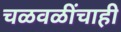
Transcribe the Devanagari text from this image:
चळवळींचाही